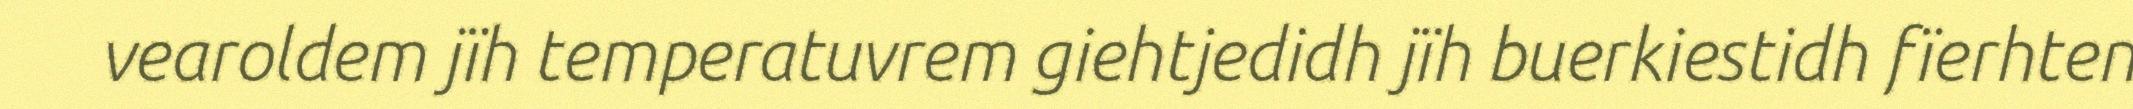
vearoldem jïh temperatuvrem giehtjedidh jïh buerkiestidh fïerhten